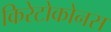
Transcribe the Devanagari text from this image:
किरेटोकोनस